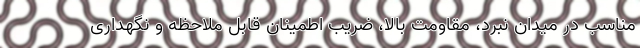
مناسب در میدان نبرد، مقاومت بالا، ضریب اطمینان قابل ملاحظه و نگهداری